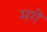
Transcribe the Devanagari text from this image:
मगे